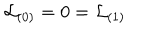
{ \cal L } _ { ( 0 ) } = 0 = { \cal L } _ { ( 1 ) }